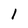
Character: 1